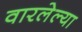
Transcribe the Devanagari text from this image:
वारलेल्या